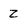
Character: 2